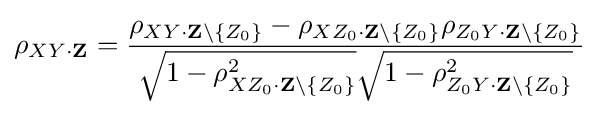
\rho _{XY\cdot \mathbf {Z} }={\frac {\rho _{XY\cdot \mathbf {Z} \setminus \{Z_{0}\}}-\rho _{XZ_{0}\cdot \mathbf {Z} \setminus \{Z_{0}\}}\rho _{Z_{0}Y\cdot \mathbf {Z} \setminus \{Z_{0}\}}}{{\sqrt {1-\rho _{XZ_{0}\cdot \mathbf {Z} \setminus \{Z_{0}\}}^{2}}}{\sqrt {1-\rho _{Z_{0}Y\cdot \mathbf {Z} \setminus \{Z_{0}\}}^{2}}}}}